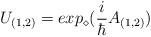
LaTeX: \begin{align*}U_{(1,2)} = exp_\diamond(\frac{i}{\hbar} A_{(1,2)})\end{align*}